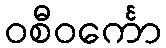
ဝစီဝင်္ကော